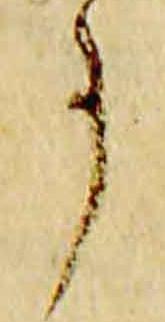
事